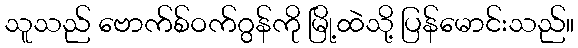
သူသည် ဗောက်စ်ဝက်ဂွန်ကို မြို့ထဲသို့ ပြန်မောင်းသည်။